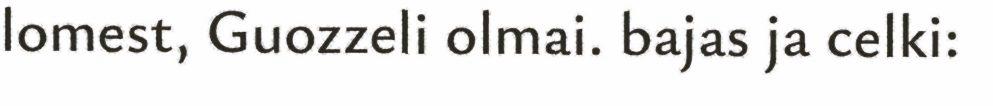
lomest, Guozzeli olmai. bajas ja celki: